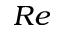
R e